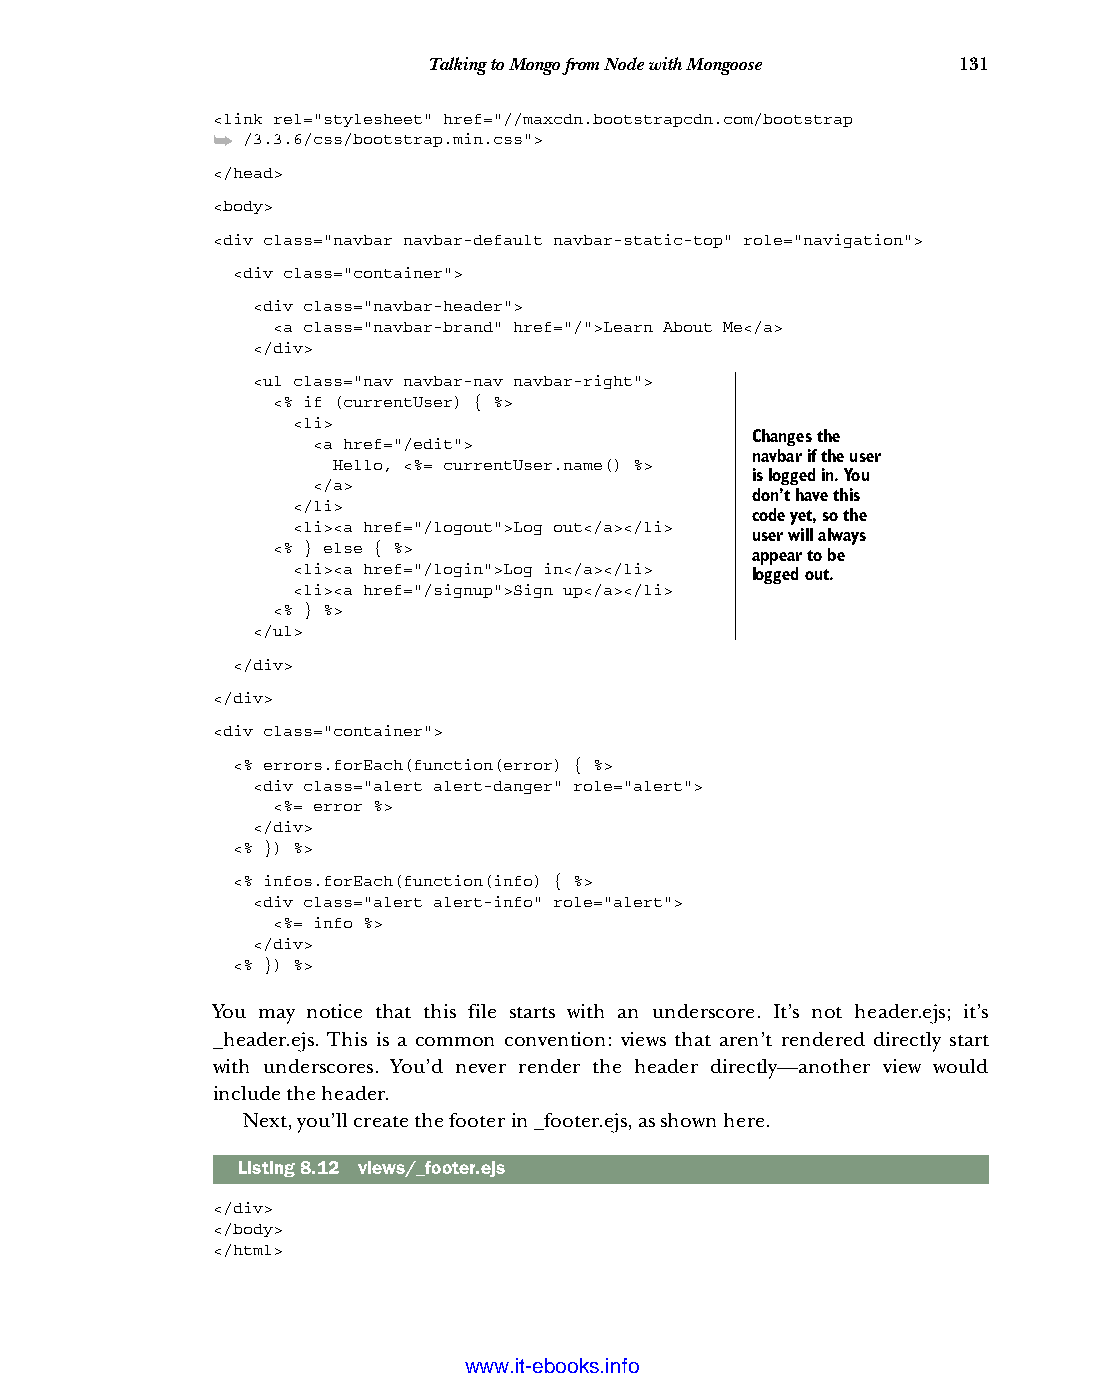
Talking to Mongo from Node with Mongoose 131
 <link rel="stylesheet" href="//maxcdn.bootstrapcdn.com/bootstrap
 ➥ /3.3.6/css/bootstrap.min.css">
 </head>
 <body>
 <div class="navbar navbar-default navbar-static-top" role="navigation">
 <div class="container">
 <div class="navbar-header">
 <a class="navbar-brand" href="/">Learn About Me</a>
 </div>
 <ul class="nav navbar-nav navbar-right">
 <% if (currentUser) { %>
 <li>
 Changes the
 <a href="/edit">
 navbar if the user
 Hello, <%= currentUser.name() %>
 is logged in. You
 </a>
 don’t have this
 </li>
 code yet, so the
 <li><a href="/logout">Log out</a></li>
 user will always
 <% } else { %>
 appear to be
 <li><a href="/login">Log in</a></li> logged out.
 <li><a href="/signup">Sign up</a></li>
 <% } %>
 </ul>
 </div>
 </div>
 <div class="container">
 <% errors.forEach(function(error) { %>
 <div class="alert alert-danger" role="alert">
 <%= error %>
 </div>
 <% }) %>
 <% infos.forEach(function(info) { %>
 <div class="alert alert-info" role="alert">
 <%= info %>
 </div>
 <% }) %>
 You may notice that this file starts with an underscore. It’s not header.ejs; it’s
 _header.ejs. This is a common convention: views that aren’t rendered directly start
 with underscores. You’d never render the header directly—another view would
 include the header.
 Next, you’ll create the footer in _footer.ejs, as shown here.
 Listing8.12 views/_footer.ejs
 </div>
 </body>
 </html>
 Licensed wtow w <.mit-ielebro.8o8k8s@.ingfomail.com>